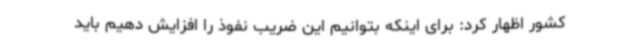
کشور اظهار کرد: برای اینکه بتوانیم این ضریب نفوذ را افزایش دهیم باید